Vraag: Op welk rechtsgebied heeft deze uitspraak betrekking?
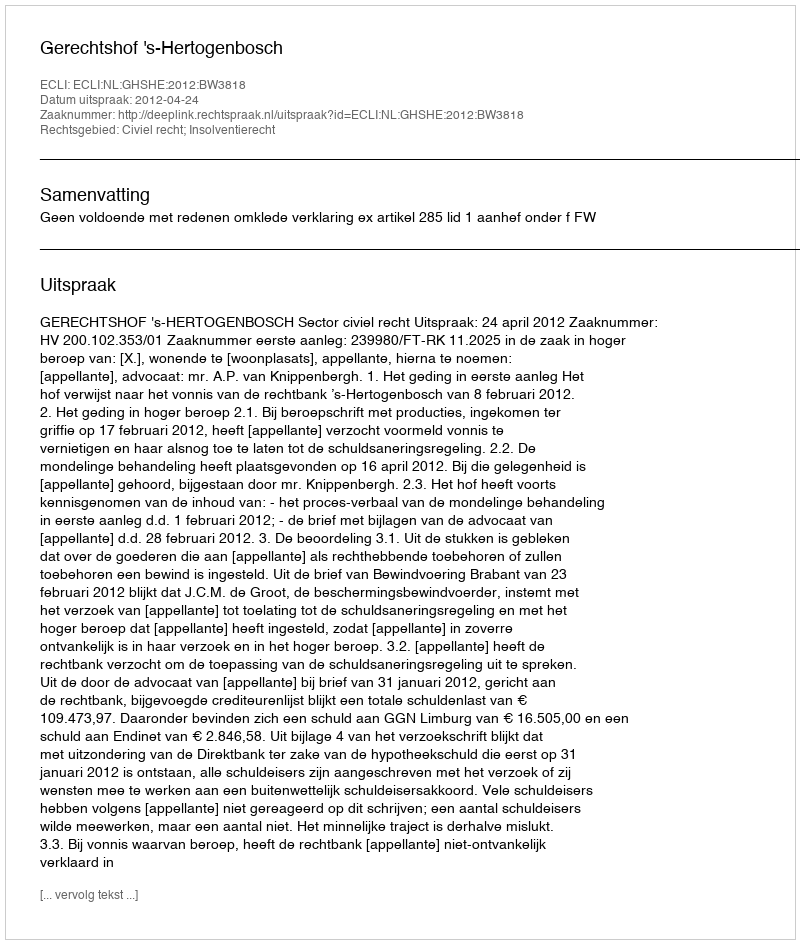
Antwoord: Civiel recht; Insolventierecht